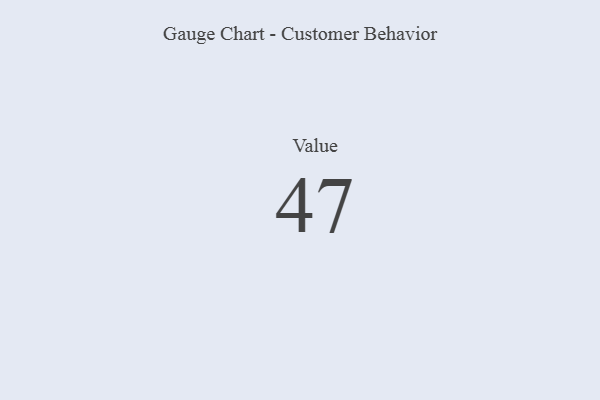
{"axis": {"x": "Metric", "y": "Value"}, "legend": [""], "data": [{"x": "Value", "y": 47, "type": ""}]}